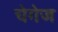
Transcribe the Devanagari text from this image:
चेगेज